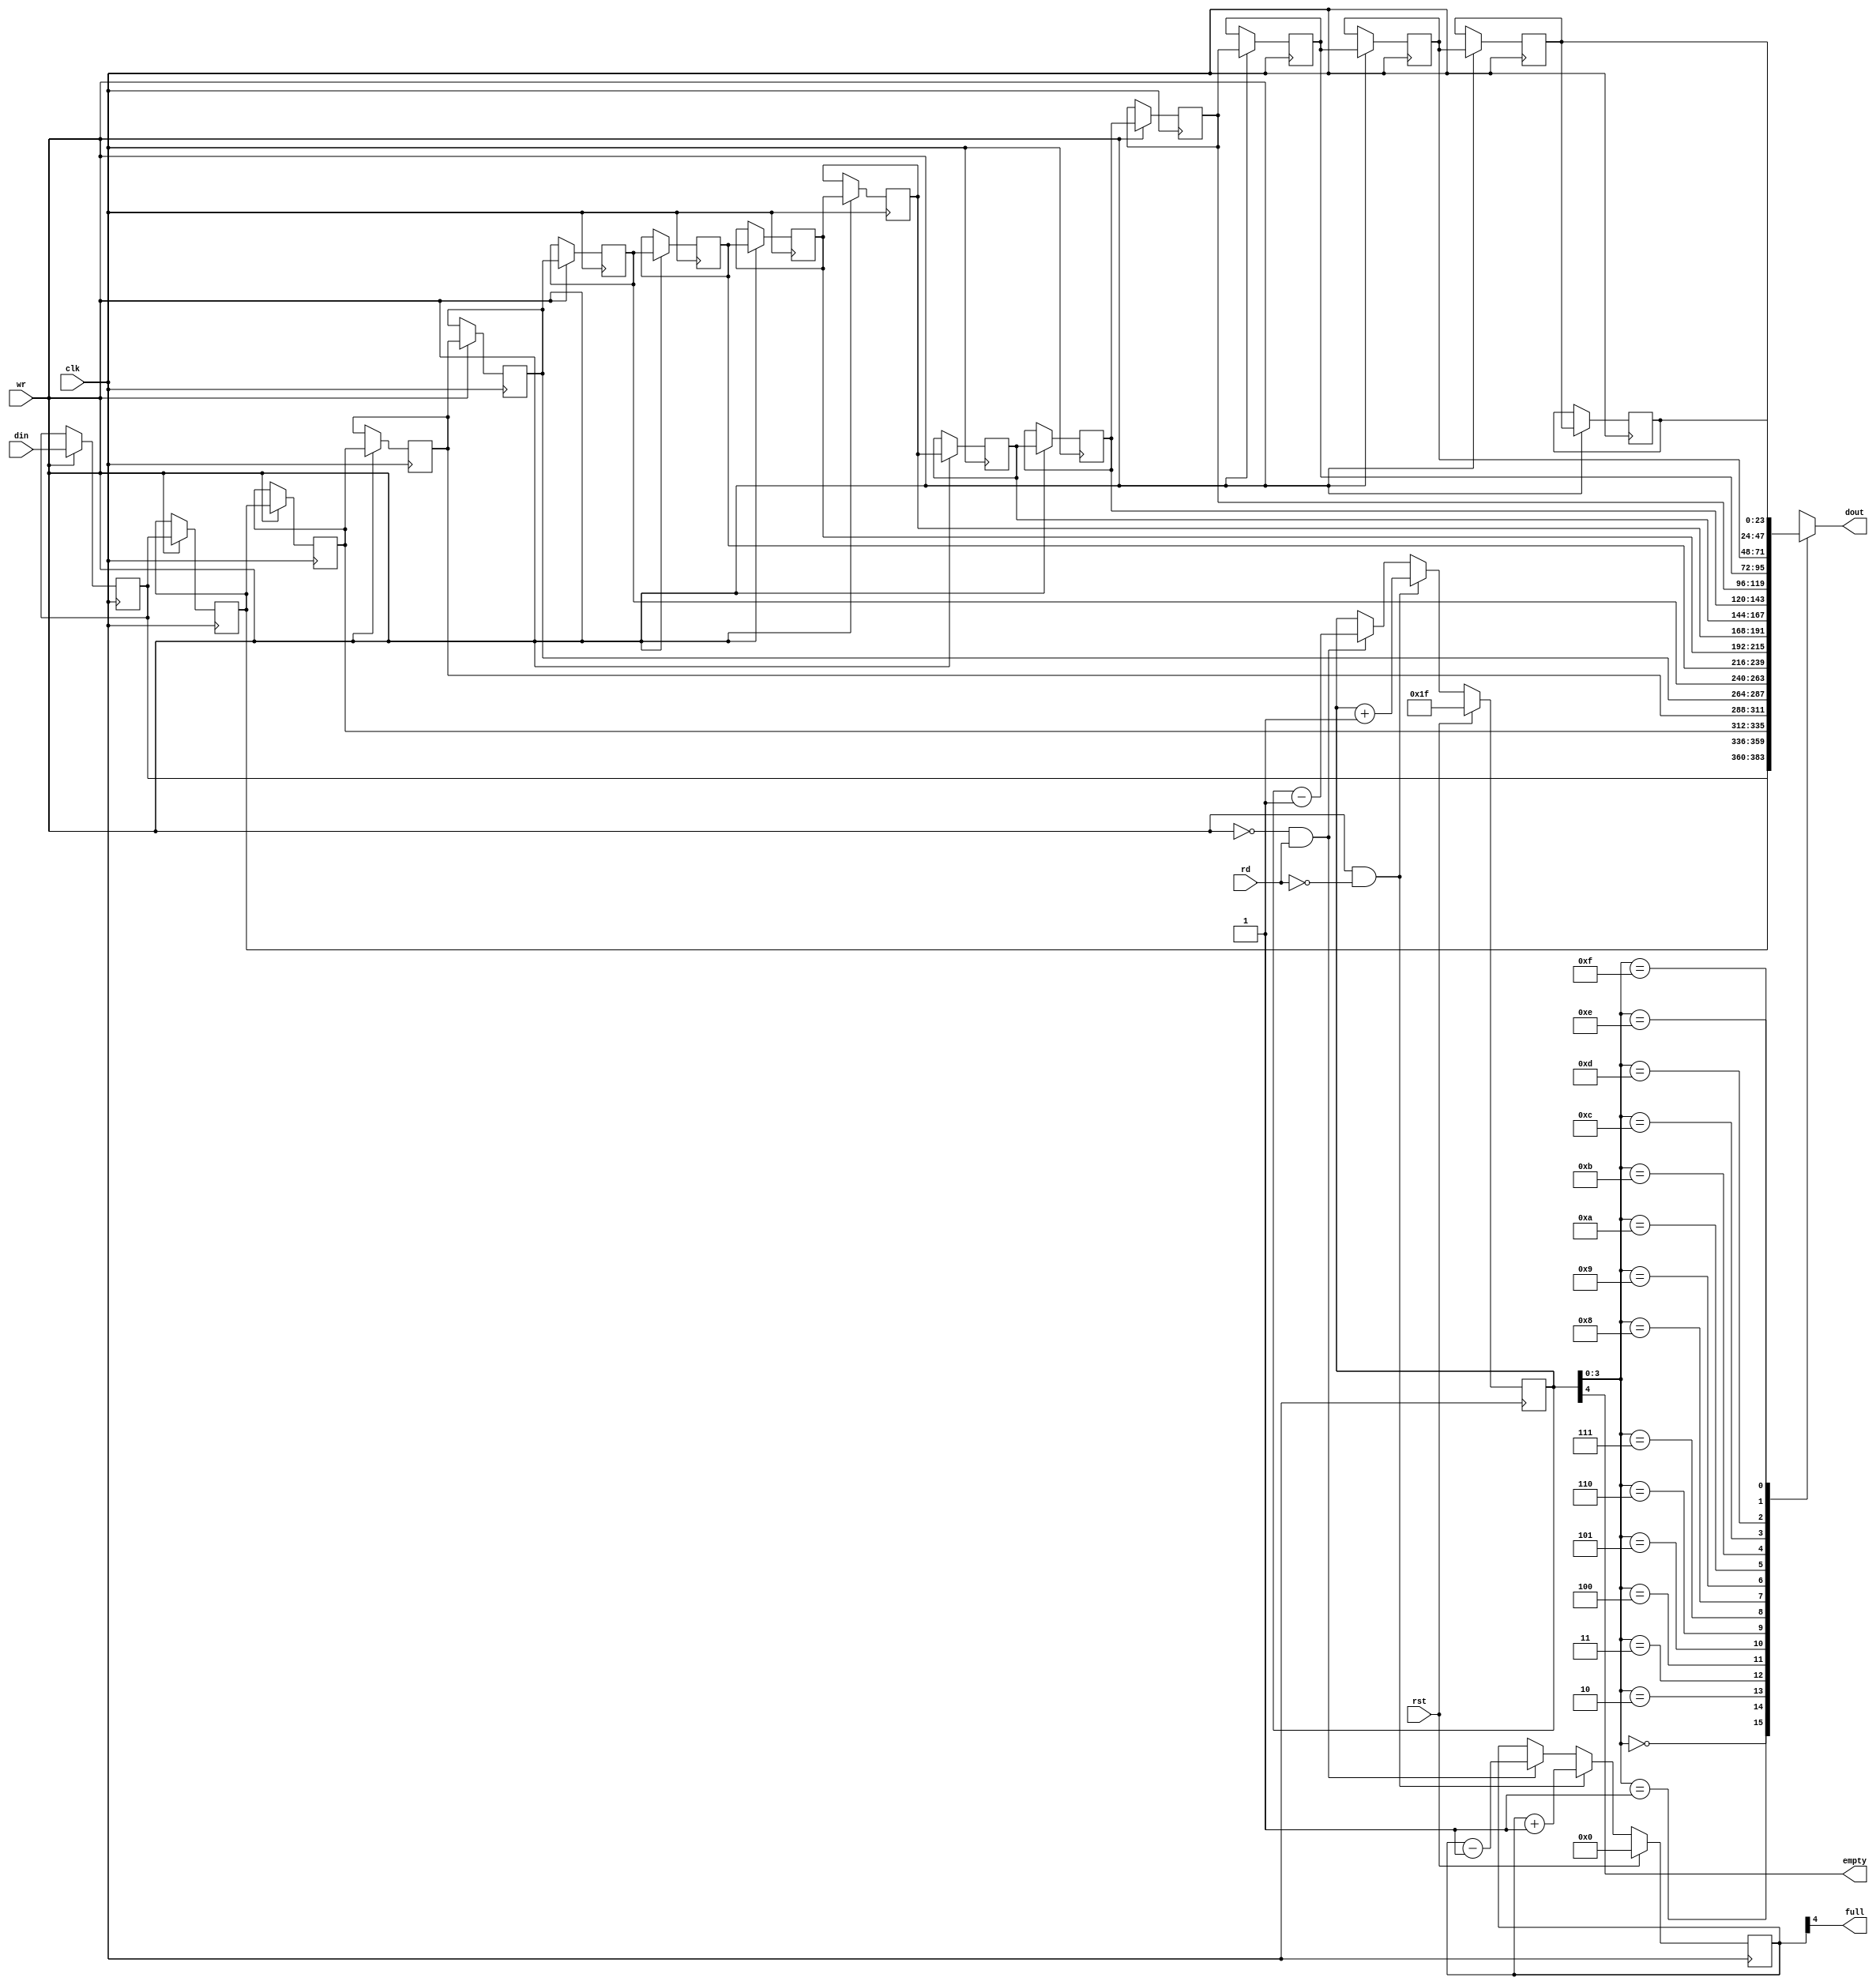
`timescale 1ns / 1ps

module srl_fifo(
	input clk,
	input rst,
	input wr,
	input rd,
	input[23:0] din,
	output[23:0] dout,
	output empty,
	output full
);

	integer i;
	reg[23:0] srl_shr[15:0];
	always@(posedge clk)
		if(wr)
		begin
			for(i=15; i>0; i=i-1)
				srl_shr[i]<=srl_shr[i-1];
			srl_shr[0]<=din;
		end

	reg[4:0] dcnt;
	always@(posedge clk)
		if(rst)
			dcnt<=0;
		else
			if(wr & ~rd)
				dcnt<=dcnt+1;
			else if(~wr & rd)
				dcnt<=dcnt-1;

	reg[4:0] addr;
	always@(posedge clk)
		if(rst)
			addr<=5'h1F;
		else
			if(wr & ~rd)
				addr<=addr+1;
			else if(~wr & rd)
				addr<=addr-1;

	assign empty=addr[4];
	assign full=dcnt[4];		
	assign dout=srl_shr[addr[3:0]];

endmodule